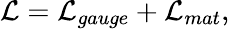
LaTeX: {\cal L}={\cal L}_{gauge}+{\cal L}_{mat},